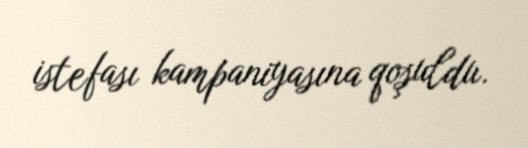
istefası kampaniyasına qoşuldu.